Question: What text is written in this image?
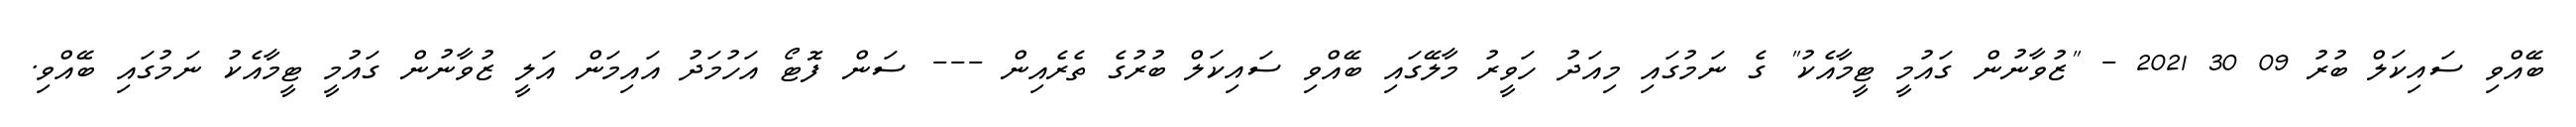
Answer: ބޭއްވި ސައިކަލް ބުރު 09 30 2021 - "ޒުވާނުން ގައުމީ ޓީމާއެކު" ގެ ނަމުގައި މިއަދު ހަވީރު މާލޭގައި ބޭއްވި ސައިކަލް ބުރުގެ ތެރެއިން --- ސަން ފޮޓޯ އަހުމަދު އައިމަން އަލީ ޒުވާނުން ގައުމީ ޓީމާއެކު ނަމުގައި ބޭއްވި.